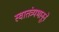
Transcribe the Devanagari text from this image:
स्वातंत्र्यभानूने